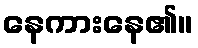
နေကားနေ၏။